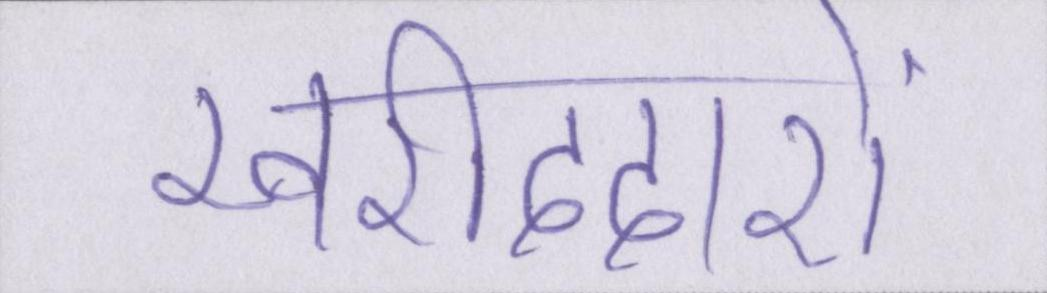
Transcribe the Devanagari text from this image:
खरीददारों